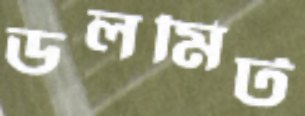
ডলমিট